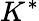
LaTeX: K^{*}